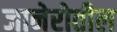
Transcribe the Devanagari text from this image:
जानेरोतील